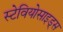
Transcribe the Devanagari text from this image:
स्टेवियोसाइड्स